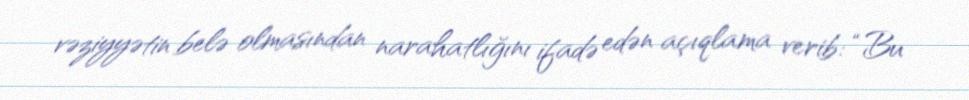
vəziyyətin belə olmasından narahatlığını ifadə edən açıqlama verib: “Bu